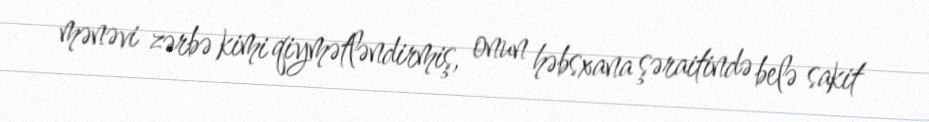
mənəvi zərbə kimi qiymətləndirmiş, onun həbsxana şəraitində belə sakit